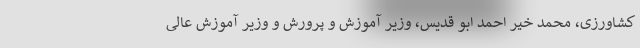
کشاورزی، محمد خیر احمد ابو قدیس، وزیر آموزش و پرورش و وزیر آموزش عالی